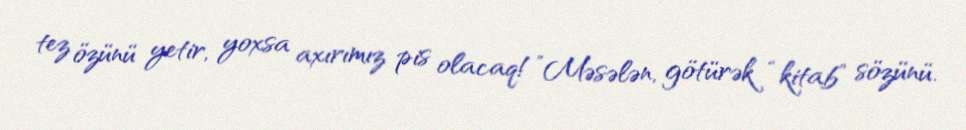
tez özünü yetir, yoxsa axırımız pis olacaq!”Məsələn, götürək “kitab” sözünü.